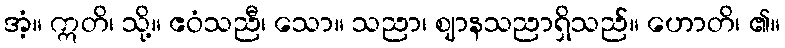
အံ့။ ဣတိ၊ သို့။ ဧဝံသညီ၊ သော။ သညာ၊ ဈာနသညာရှိသည်။ ဟောတိ၊ ၏။